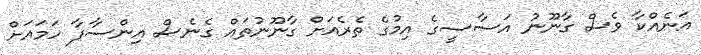
އަނެއްކާ ވެސް ގާނޫނު އަސާސީގެ އިމުގެ ތެރެއަށް ގާނޫނުތައް ގެނެސް އިންސާފާ ހަމައަށް